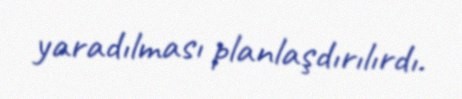
yaradılması planlaşdırılırdı.